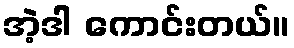
အဲ့ဒါ ကောင်းတယ်။